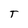
Character: T